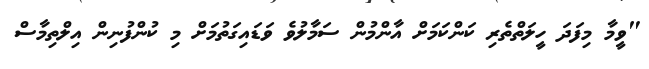
"ވީމާ މިފަދަ ހީލަތްތެރި ކަންކަމަށް އާންމުން ސަމާލުވެ ވަޑައިގަތުމަށް މި ކުންފުނިން އިލްތިމާސް